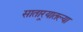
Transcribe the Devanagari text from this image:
सातार्‍यातल्या